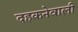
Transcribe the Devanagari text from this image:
दहकनेवाली